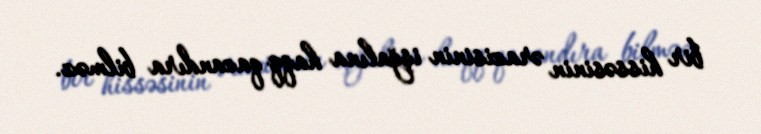
bir hissəsinin ərazisinin işğalına haqq qazandıra bilməz.